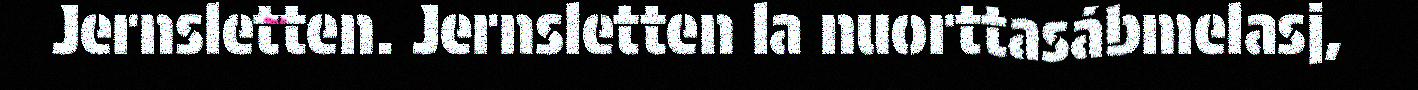
Jernsletten. Jernsletten la nuorttasábmelasj,